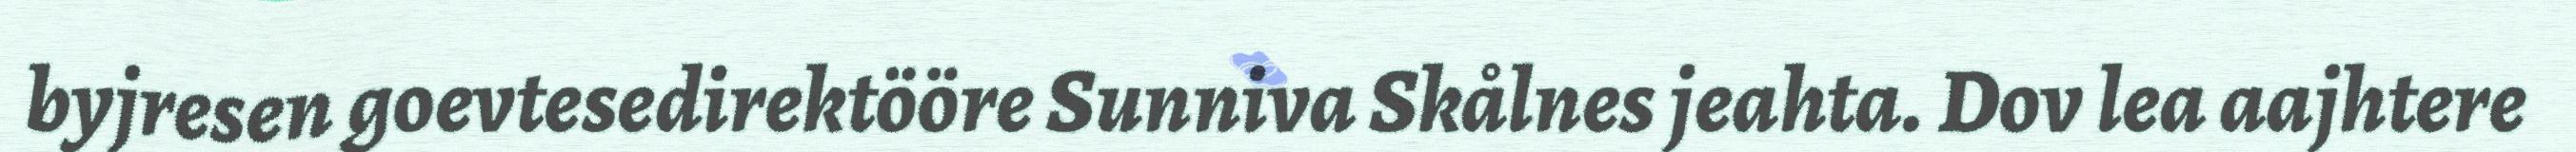
byjresen goevtesedirektööre Sunniva Skålnes jeahta. Dov lea aajhtere